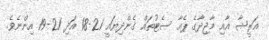
އަރީޝާ އާއި މާޖިދާގެ ޕެއާ ސެޓުތައް ގެންދިޔައީ 21-18 އަދި 21-19 އިންނެވެ.